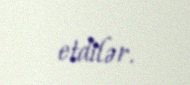
etdilər.